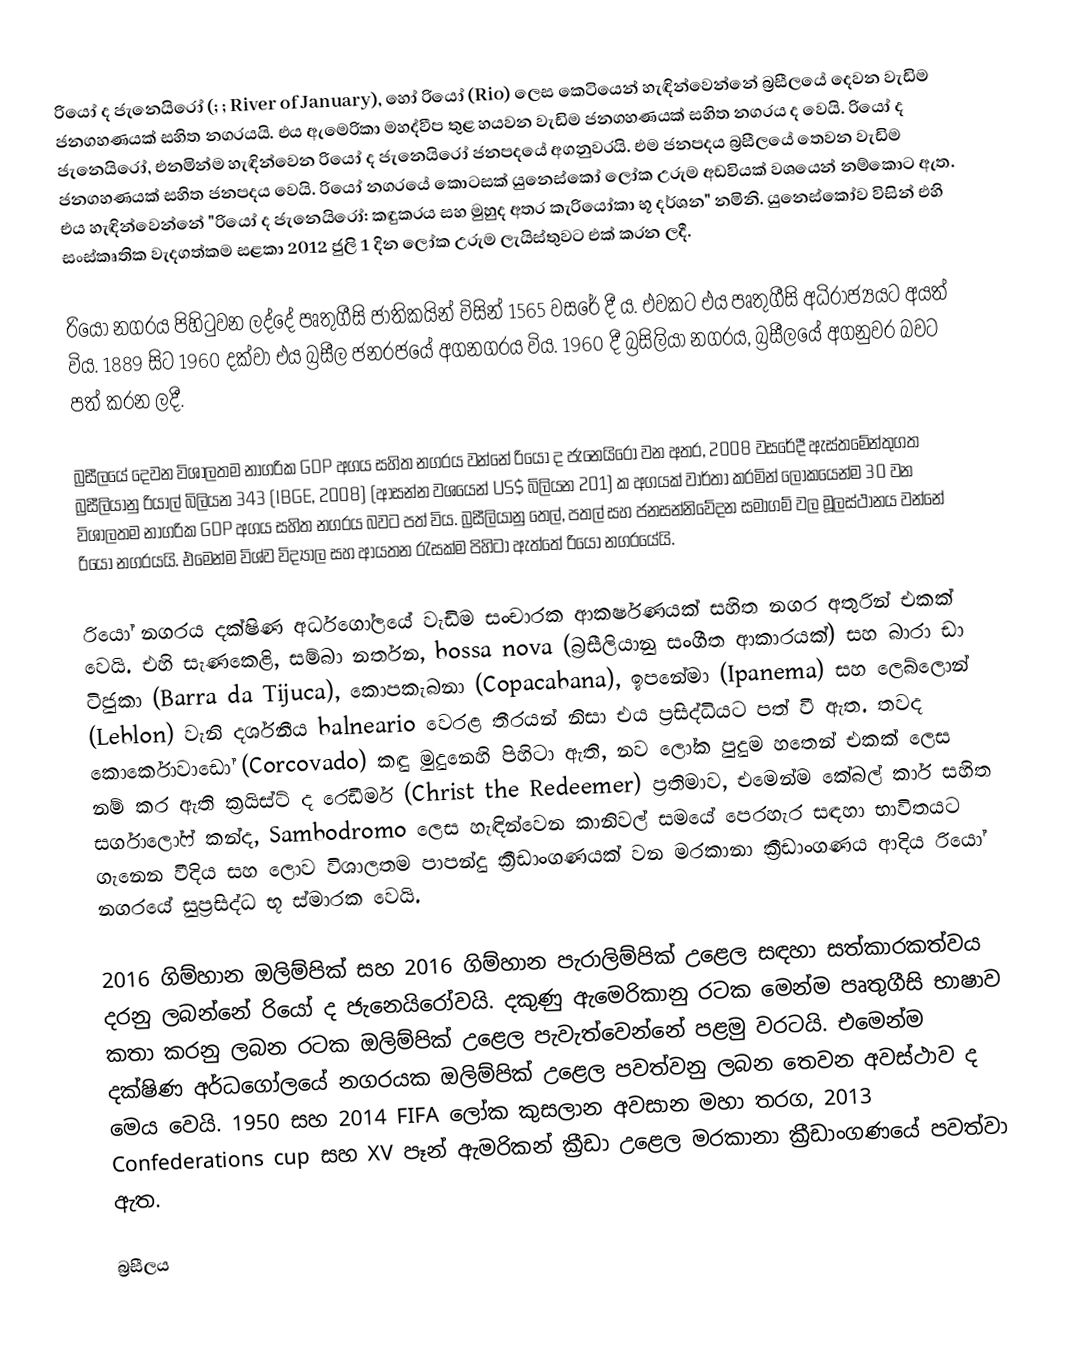
රියෝ ද ජැනෙයිරෝ (; ; River of January), හෝ රියෝ (Rio) ලෙස කෙටියෙන් හැඳින්වෙන්නේ බ්‍රසීලයේ දෙවන වැඩිම ජනගහණයක් සහිත නගරයයි. එය ඇමෙරිකා මහද්වීප තුළ හයවන වැඩිම ජනගහණයක් සහිත නගරය ද වෙයි. රියෝ ද ජැනෙයිරෝ, එනමින්ම හැඳින්වෙන රියෝ ද ජැනෙයිරෝ ජනපදයේ අගනුවරයි. එම ජනපදය බ්‍රසීලයේ තෙවන වැඩිම ජනගහණයක් සහිත ජනපදය වෙයි. රියෝ නගරයේ කොටසක් යුනෙස්කෝ ලෝක උරුම අඩවියක් වශයෙන් නම්කොට ඇත. එය හැඳින්වෙන්නේ "රියෝ ද ජැනෙයිරෝ: කඳුකරය සහ මුහුද අතර කැරියෝකා භූ දර්ශන" නමිනි. යුනෙස්කෝව විසින් එහි සංස්කෘතික වැදගත්කම සළකා 2012 ජුලි 1 දින ලෝක උරුම ලැයිස්තුවට එක් කරන ලදී.

රියෝ නගරය පිහිටුවන ලද්දේ පෘතුගීසි ජාතිකයින් විසින් 1565 වසරේ දී ය. එවකට එය පෘතුගීසි අධිරාජ්‍යයට අයත් විය. 1889 සිට 1960 දක්වා එය බ්‍රසීල ජනරජයේ අගනගරය විය. 1960 දී බ්‍රසිලියා නගරය, බ්‍රසීලයේ අගනුවර බවට පත් කරන ලදී.

බ්‍රසීලයේ දෙවන විශාලතම නාගරික GDP අගය සහිත නගරය වන්නේ රියෝ ද ජැනෙයිරෝ වන අතර, 2008 වසරේදී ඇස්තමේන්තුගත බ්‍රසීලියානු රියාල් බිලියන 343 (IBGE, 2008) (ආසන්න වශයෙන් US$ බිලියන 201) ක අගයක් වාර්තා කරමින් ලෝකයෙන්ම 30 වන විශාලතම නාගරික GDP අගය සහිත නගරය බවට පත් විය. බ්‍රසීලියානු තෙල්, පතල් සහ ජනසන්නිවේදන සමාගම් වල මූලස්ථානය වන්නේ රියෝ නගරයයි. එමෙන්ම විශ්ව විද්‍යාල සහ ආයතන රැසක්ම පිහිටා ඇත්තේ රියෝ නගරයේයි.

රියෝ නගරය දක්ෂිණ අර්ධගෝලයේ වැඩිම සංචාරක ආකර්ෂණයක් සහිත නගර අතුරින් එකක් වෙයි. එහි සැණකෙළි, සම්බා නර්තන, bossa nova (බ්‍රසීලියානු සංගීත ආකාරයක්) සහ බාරා ඩා ටිජුකා (Barra da Tijuca), කොපකැබනා (Copacabana), ඉපනේමා (Ipanema) සහ ලෙබ්ලොන් (Leblon) වැනි  දර්ශනීය balneario වෙරළ තීරයන් නිසා එය ප්‍රසිද්ධියට පත් වී ඇත. තවද කොර්කොවාඩෝ (Corcovado) කඳු මුදුනෙහි පිහිටා ඇති, නව ලෝක පුදුම හතෙන් එකක් ලෙස නම් කර ඇති ක්‍රයිස්ට් ද රෙඩීමර් (Christ the Redeemer) ප්‍රතිමාව, එමෙන්ම කේබල් කාර් සහිත සර්ගාලෝෆ් කන්ද, Sambodromo ලෙස හැඳින්වෙන කානිවල් සමයේ පෙරහැර සඳහා භාවිතයට ගැනෙන වීදිය සහ ලොව විශාලතම පාපන්දු ක්‍රීඩාංගණයක් වන මරකානා ක්‍රීඩාංගණය ආදිය රියෝ නගරයේ සුප්‍රසිද්ධ භූ ස්මාරක වෙයි.

2016 ගිම්හාන ඔලිම්පික් සහ 2016 ගිම්හාන පැරාලිම්පික් උළෙල සඳහා සත්කාරකත්වය දරනු ලබන්නේ රියෝ ද ජැනෙයිරෝවයි. දකුණු ඇමෙරිකානු රටක මෙන්ම පෘතුගීසි භාෂාව කතා කරනු ලබන රටක ඔලිම්පික් උළෙල පැවැත්වෙන්නේ පළමු වරටයි. එමෙන්ම දක්ෂිණ අර්ධගෝලයේ නගරයක ඔලිම්පික් උළෙල පවත්වනු ලබන තෙවන අවස්ථාව ද මෙය වෙයි. 1950 සහ 2014 FIFA ලෝක කුසලාන අවසාන මහා තරග, 2013 Confederations cup සහ XV පෑන් ඇමරිකන් ක්‍රීඩා උළෙල මරකානා ක්‍රීඩාංගණයේ පවත්වා ඇත.

බ්‍රසීලය